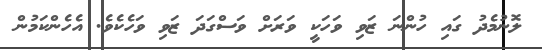
ލޮނުމެދު ގައި ހުންނަ ޒަވި ވަހަކީ ވަރަށް ވަސްގަދަ ޒަވި ވަހެކެވެ. އެހެންކަމުން